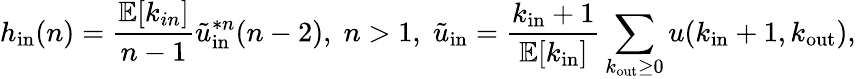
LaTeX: h_{\mathrm{in}}(n)={\frac{\mathbb{E}[k_{in}]}{n-1}}{\tilde{u}}_{\mathrm{in}}^{*n}(n-2),\; n>1,\; {\tilde{u}}_{\mathrm{in}}={\frac{k_{\mathrm{in}}+1}{\mathbb{E}[k_{\mathrm{in}}]}}\sum_{k_{\mathrm{out}}\geq 0}u(k_{\mathrm{in}}+1,k_{\mathrm{out}}),